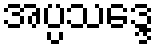
အပ္ပသဒ္ဒေ